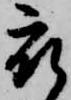
被